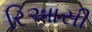
રિઆસી